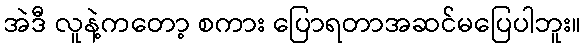
အဲဒီ လူနဲ့ကတော့ စကား ပြောရတာအဆင်မပြေပါဘူး။